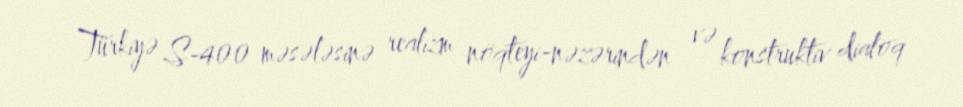
Türkiyə S-400 məsələsinə realizm nöqteyi-nəzərindən və konstruktiv dialoq